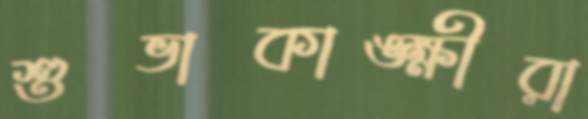
শুভাকাঙ্ক্ষীরা